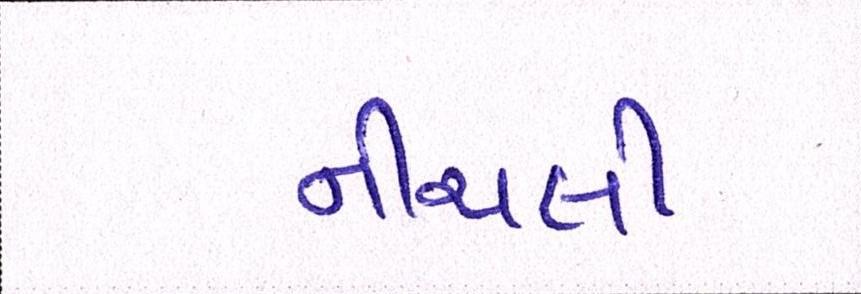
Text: નીચલી